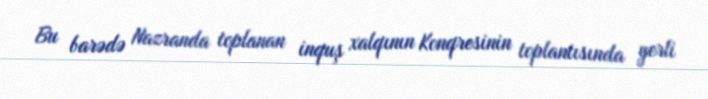
Bu barədə Nazranda toplanan inquş xalqının Konqresinin toplantısında yerli